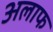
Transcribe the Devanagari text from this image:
अलाफ